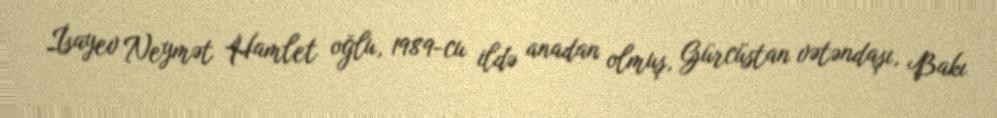
İsayev Neymət Hamlet oğlu, 1989-cu ildə anadan olmuş, Gürcüstan vətəndaşı, Bakı